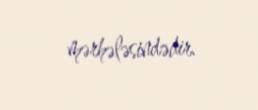
mərhələsindədir.